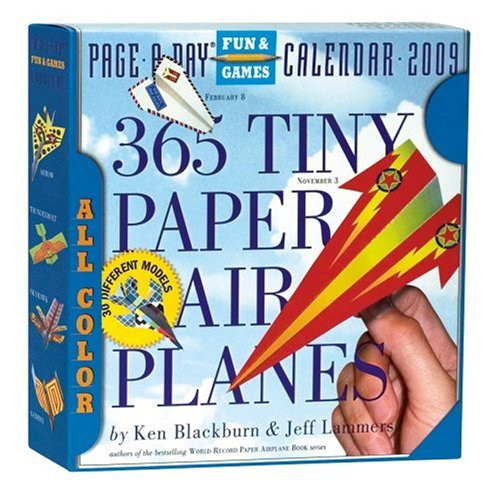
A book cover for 365 Tiny Paper Airplanes Page-A-Day Calendar 2009; Ken Blackburn; Calendars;